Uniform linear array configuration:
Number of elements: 8
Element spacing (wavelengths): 0.25
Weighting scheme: hann
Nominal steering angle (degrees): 45
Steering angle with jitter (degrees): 43.6
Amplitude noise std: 0.05
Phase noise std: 0.05

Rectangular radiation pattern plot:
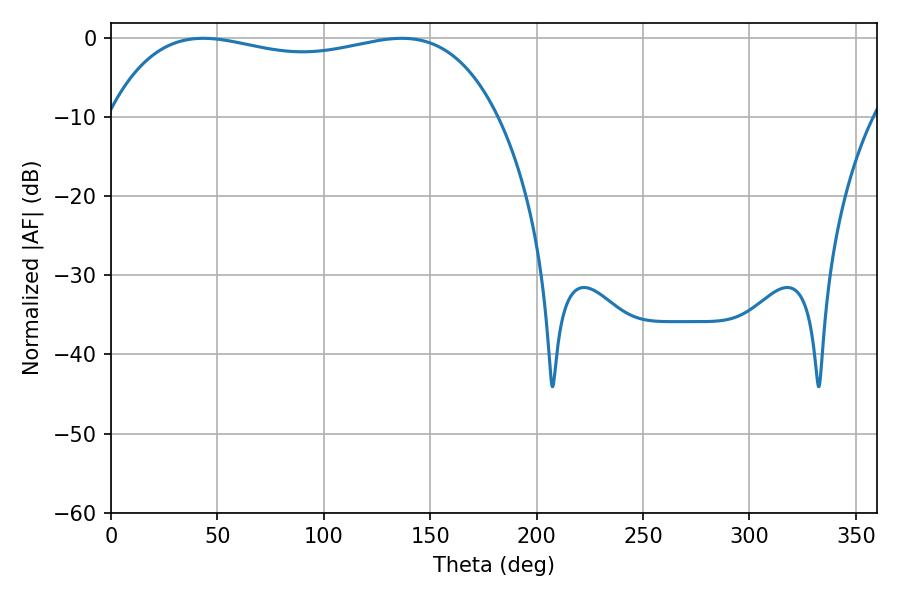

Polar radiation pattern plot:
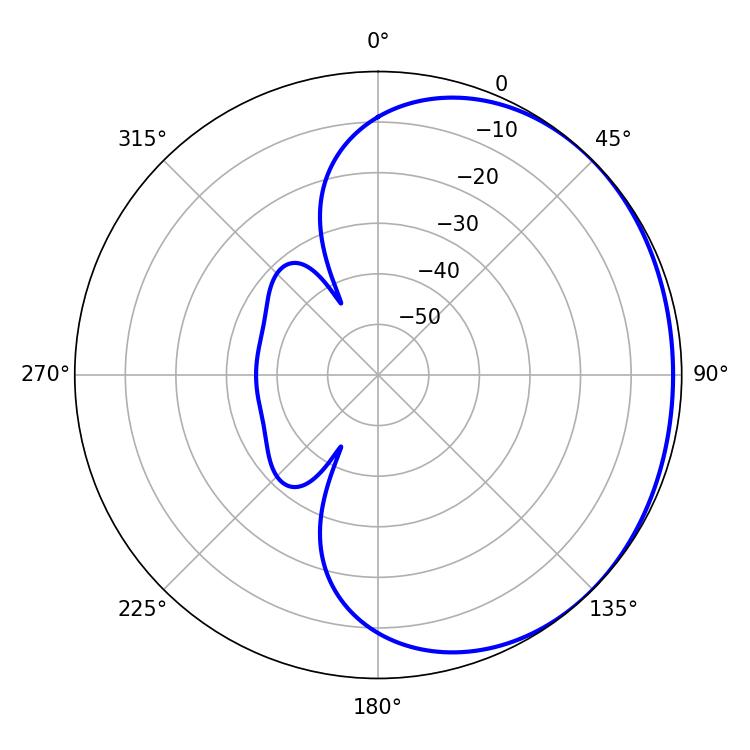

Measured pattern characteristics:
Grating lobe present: FALSE
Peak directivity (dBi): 0.95
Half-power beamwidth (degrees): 148.32
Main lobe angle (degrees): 43.38